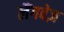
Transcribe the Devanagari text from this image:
लैंगवेज़